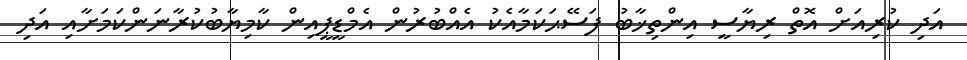
އަދި ކުރިއަށް އޮތް ރިޔާސީ އިންތިޚާބު ފަސޭޙަކަމާއެކު އެއްބުރުން އެމްޑީޕީއިން ކާމިޔާބުކުރާނަންކަމަށާއި އަދި